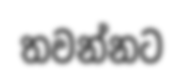
තවන්නට